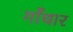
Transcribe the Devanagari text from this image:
गाँधार